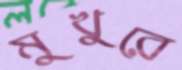
মুখুরে